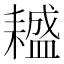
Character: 𦔤